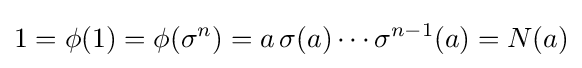
1=\phi (1)=\phi (\sigma ^{n})=a\,\sigma (a)\cdots \sigma ^{n-1}(a)=N(a)